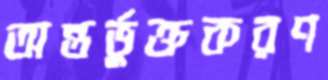
অন্তর্ভুক্তকরণ